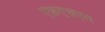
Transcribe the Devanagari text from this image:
एफ़एचएम